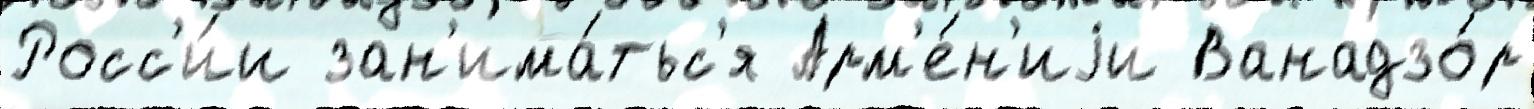
Росс'и́и зан'има́тьс'я Арм'е́н'иjи Ванадзо́р